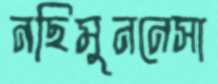
নছিমুননেসা